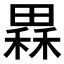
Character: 𤳂